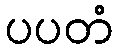
ပပတံ